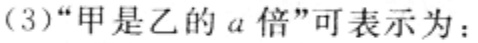
（3）“甲是乙的\(a\)倍”可表示为：